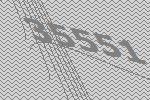
35551